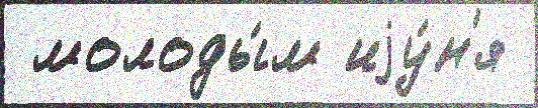
 молоды́м иjу́н'я